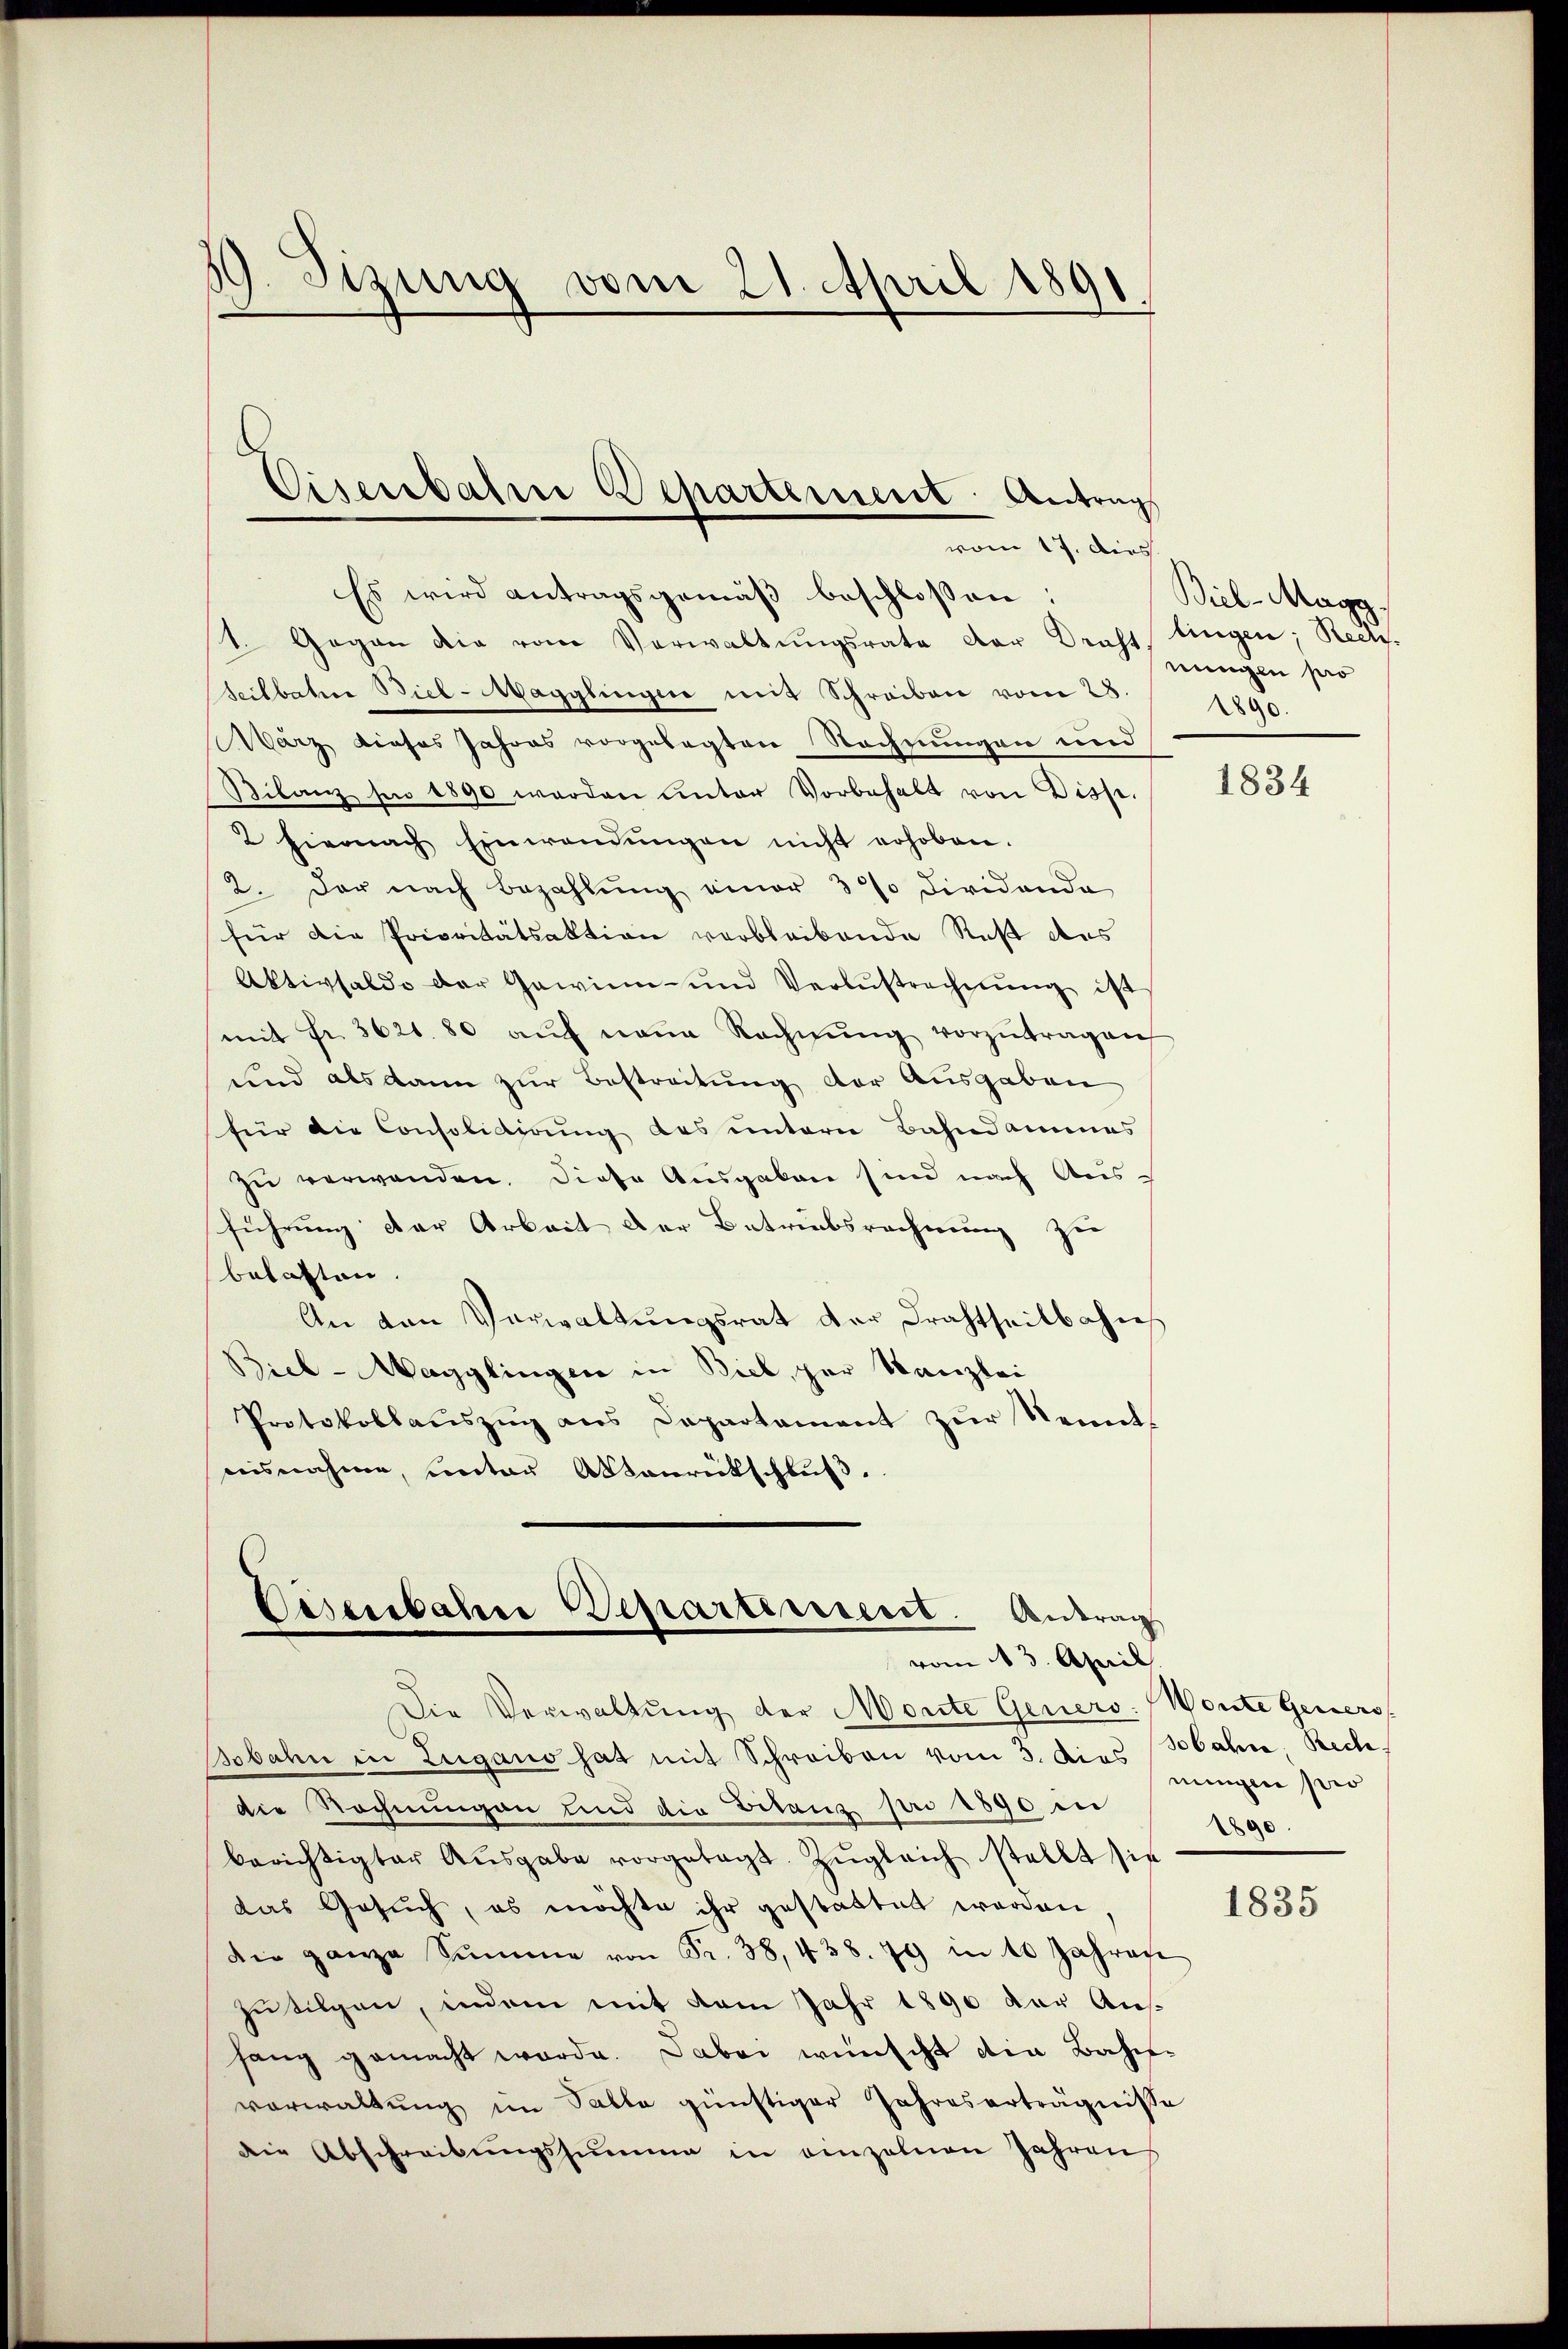
19. Sizung vom 21. April 1891

Cisenbahne Departement: Antrag
vom 17. dies

Es wird antragsgemäβ beschlossen:
1. Gegen die vom Verwaltŭngsrate der Draft lingen; Rect.
Teilbahn Biel-Magglingen mit Schreiben vom 28.
März dieses Jahres vorgelegten Rechnungen und
Bilanz hin 1890 werden unter Vorbehalt von Disse.
2 hiernach Einwendungen nicht erhoben.
2. Der nach Bezahlŭng einer 30% dividando
für die Prioritätsaktion verbleibende Ruß des
Aktivsaldo der Gewinn- und Verlustrechnŭng ist
(mit fr. 3621. 80 aŭf neue Rechnŭng vorzŭtragen
und als dann zur Bestreitung der Ausgaben
für die Consolidirung des untern Bahndammes
zu verwenden. Diese Ausgaben sind nach Ausführung der Arbeit der Betriebsrechnung zu
behalten.
An den Verwaltungsrat der Drahtseitbahn
Biel-Magglingen in Biel, zur Kanzlei
Protokollaŭszŭg ans Departament zŭr Nennt-
aisnahme, unter Aktenrückschluß.

Eisenbahne Departement. Antrag
vom 13. April

Die Verwaltung der Monte Geners. Worte Geners
Bobahn in Zugano hat mit Schreiben vom 3. dies bahn, Rech
die Rechnungen und die Vitanz pro 1890 in
berichtigter Aŭsgabe vorgetagt. Zŭgleich stellt sie
das Gesuch, es möchte ihr gestattet werden
die ganze Summe von Fr. 38, 438. 79 in 10 Jahren
zu tilgen, indem mit dem Jahr 1890 der Aushang gemacht werde. Dabei wünscht die Bahnverwaltŭng im Salle günstiger Jahreserträgnisse
die Abschreibŭngssumme in einzelnen Jahren

Biel-Magg.
ningen pro
2890.

1834

ningen pro
1890.

1835